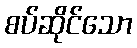
စပ်ဆိုင်သော